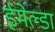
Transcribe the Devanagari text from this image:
ईमेल्डा